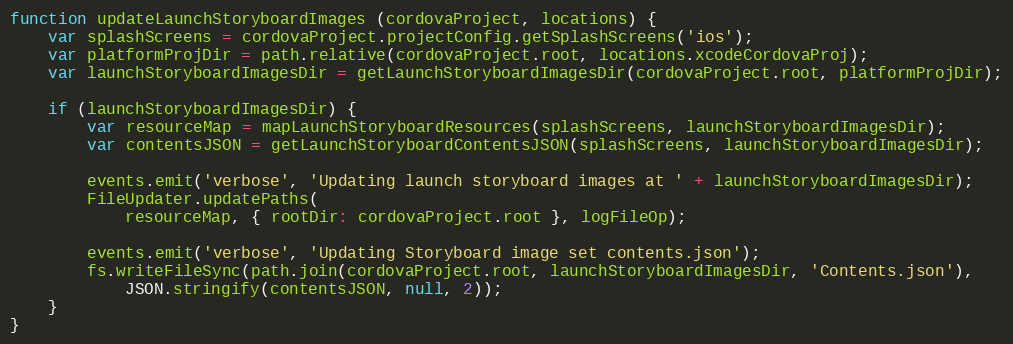
Language: JavaScript
function updateLaunchStoryboardImages (cordovaProject, locations) {
    var splashScreens = cordovaProject.projectConfig.getSplashScreens('ios');
    var platformProjDir = path.relative(cordovaProject.root, locations.xcodeCordovaProj);
    var launchStoryboardImagesDir = getLaunchStoryboardImagesDir(cordovaProject.root, platformProjDir);

    if (launchStoryboardImagesDir) {
        var resourceMap = mapLaunchStoryboardResources(splashScreens, launchStoryboardImagesDir);
        var contentsJSON = getLaunchStoryboardContentsJSON(splashScreens, launchStoryboardImagesDir);

        events.emit('verbose', 'Updating launch storyboard images at ' + launchStoryboardImagesDir);
        FileUpdater.updatePaths(
            resourceMap, { rootDir: cordovaProject.root }, logFileOp);

        events.emit('verbose', 'Updating Storyboard image set contents.json');
        fs.writeFileSync(path.join(cordovaProject.root, launchStoryboardImagesDir, 'Contents.json'),
            JSON.stringify(contentsJSON, null, 2));
    }
}